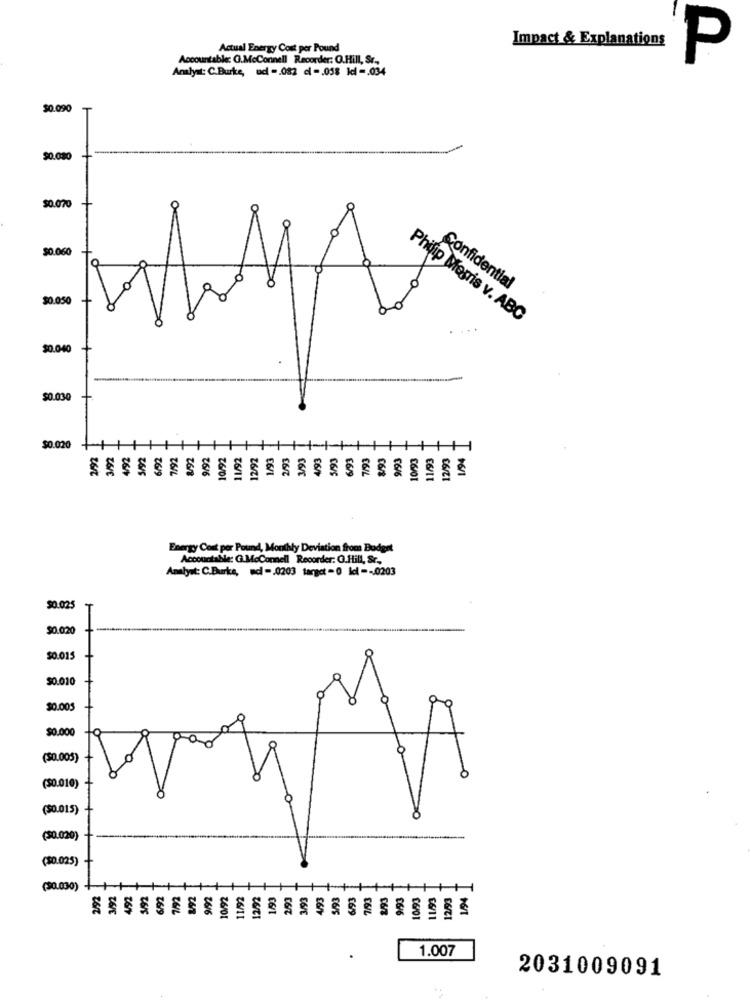
Impact & Explanations
Actual Energy Cost per Pound
Accountable: G.McConnell Recorder: O.Hill, Sr .,
P
Analys: C.Burke, ud -. 082 cl - . 058 1cl -. 034
$0.090
T
$0.080
$0.070
$0.060
Confidential
$0.050
+
Philip Morris v. ABC
$0.040
$0.030
$0.020
7/92
₹619
Energy Cost per Pound, Monthly Deviation from Budget
Accountable: G.McConnell Recorder: O.Hill, Sc,
Analyst: C.Burke, wc -. 0203 target = 0 ldl -- 0203
$0.025
$0.020
$0.015
$0.010
$0.005
$0.000
($0.005)
(50.010)
(50.015)
(30.020)
(30.025
(30.030)
269
266
1.007
.
2031009091